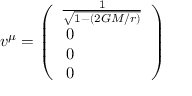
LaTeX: v ^ { \mu } = \left( \begin{array} { l } { { \frac { 1 } { \sqrt { 1 - ( 2 G M / r ) } } } } \\ { { { } ~ 0 } } \\ { { { } ~ 0 } } \\ { { { } ~ 0 } } \end{array} \right)